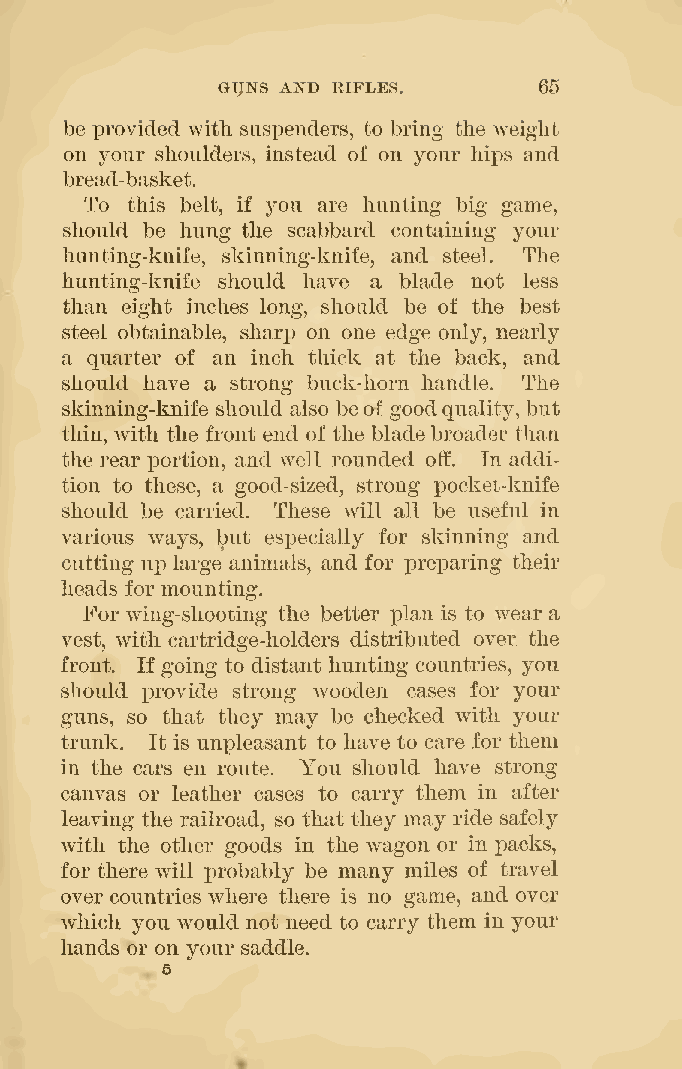
GTJNS AND RIFLES.     65
 be provided with suspenders, to bring the weight
 on your shoulders, instead of on your hips and
 bread-basket.
 To this belt, if you are hunting big game,
 should be hung the scabbard containing your
 hunting-knife, skinning-knife, and steel. The
 hunting-knife should have a blade not less
 than eight inches long, should be of the best
 steel obtainable, sharp on one edge only, nearly
 a quarter of an inch thick at the back, and
 should have a strong buck-horn handle. The
 skinning-knife should also beof goodquality, but
 thin, with the front end of the bladebroader than
 the rear portion, and w^ell rounded oif In addi-
 .
 tion to these, a good-sized, strong pocket-knife
 should be carried. These will all be useful in
 various ways, but especially for skinning and
 cutting up large animals, and for preparing their
 heads for mounting.
 For wing-shooting the better plan is to wear a
 vest, with cartridge-holders distributed over the
 front. If going to distant hunting countries, you
 should provide strong wooden cases for your
 guns, so that they may be checked with your
 trunk. It is unpleasant to have to care for them
 in the cars en route. You should have strong
 canvas or leather cases to carry them in after
 leaving the railroad, so that they may ride safely
 with the other goods in the wagon or in packs,
 for there will probably be many miles of travel
 over countries where there is no game, and over
 which you would not need to carry them in your
 hands or on your saddle.